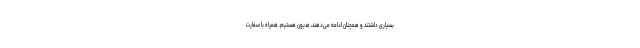
بسیاری داشتند و همچنان ادامه می‌دهند، مدیون هستیم. همراه با سفارت